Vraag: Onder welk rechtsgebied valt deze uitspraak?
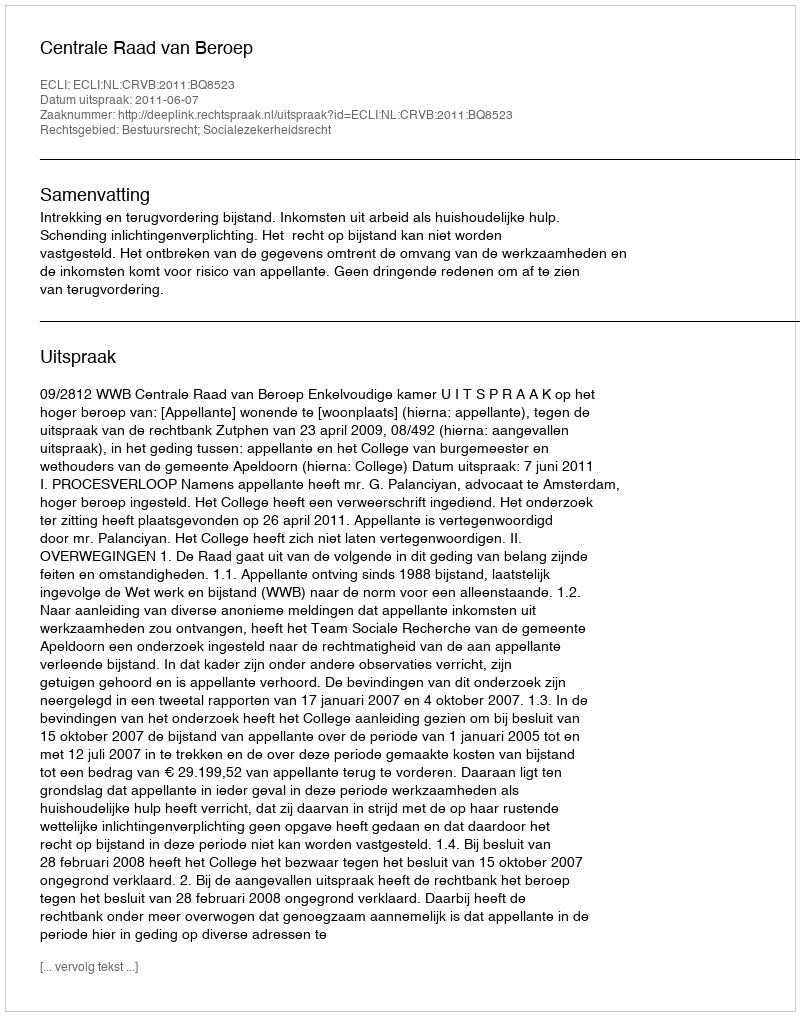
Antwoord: Bestuursrecht; Socialezekerheidsrecht